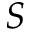
S